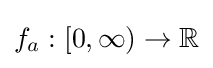
f_{a}:[0,\infty )\to \mathbb {R}